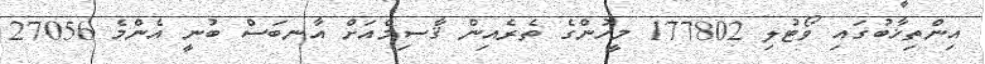
އިންތިޚާބުގައި ވޯޓުލި 177802 މީހުންގެ ތެރެއިން ޤާސިމްއަށް އާނބަސް ބުނީ އެންމެ 27056